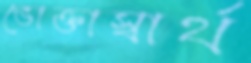
ভোক্তাস্বার্থ